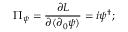
\Pi _ { \psi } = \frac { \partial { \cal { L } } } { \partial ( \partial _ { 0 } \psi ) } = i \psi ^ { \dagger } ;